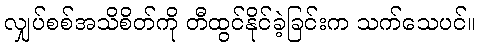
လျှပ်စစ်အသိစိတ်ကို တီထွင်နိုင်ခဲ့ခြင်းက သက်သေပင်။